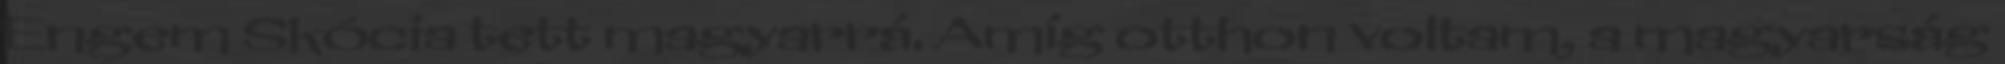
Engem Skócia tett magyarrá. Amíg otthon voltam, a magyarság